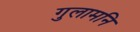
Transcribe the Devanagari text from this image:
गुलामनि